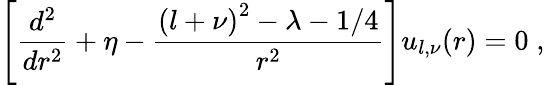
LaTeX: \left[\frac{d^{2}}{dr^{2}}+\eta-\frac{\left(l+\nu\right)^{2}-\lambda-1/4}{r^{2}}\right]u_{l,\nu}(r)=0\; ,